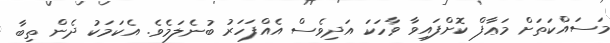
މަސައްކަތަށް މަޢާފް ކޮށްފައިވާ ވާހަކަ އަދިވެސް އެއްފަހަރު ބުނެލަމެވެ. އެކަމަކު ދެން ތިބާ